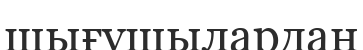
шығушылардан